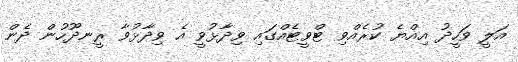
އަލީ ވަހީދު އިއްޔެ ކުރެއްވި ޓްވީޓެއްގައި ވިދާޅުވީ އެ ވިދާޅުވާ ރީނދޫހުން ދެން